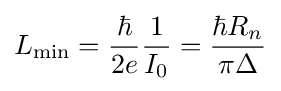
L_{\rm {min}}={\frac {\hbar }{2e}}{\frac {1}{I_{0}}}={\frac {\hbar R_{n}}{\pi \Delta }}